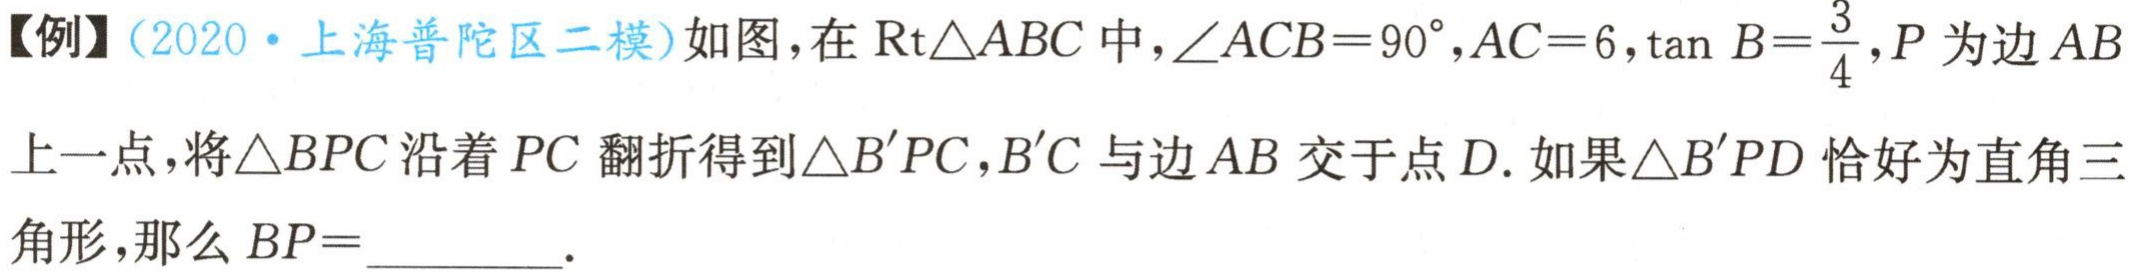
【例】(2020·上海普陀区二模)如图，在$\text{Rt}\triangle ABC$中，$\angle ACB = 90^{\circ},AC = 6,\tan B=\frac{3}{4}$，$P$为边$AB$上一点，将$\triangle BPC$沿着$PC$翻折得到$\triangle B'PC$，$B'C$与边$AB$交于点$D$. 如果$\triangle B'PD$恰好为直角三角形，那么$BP =$________.